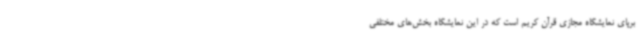
برپای نمایشگاه مجازی قرآن کریم است که در این نمایشگاه بخش‌های مختلفی